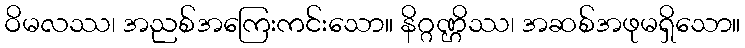
ဝိမလဿ၊ အညစ်အကြေးကင်းသော။ နိဂ္ဂဏ္ဌိဿ၊ အဆစ်အဖုမရှိသော။